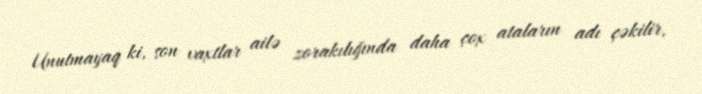
Unutmayaq ki, son vaxtlar ailə zorakılığında daha çox ataların adı çəkilir,